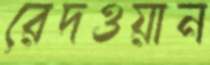
রেদওয়ান